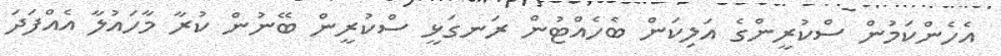
އެހެންކަމުން ސްކުރީންގެ އަލިކަން ބެހެއްޓުން ރަނގަޅީ ސްކުރީން ބޭނުން ކުރާ މާހައުލާ އެއްފަދަ